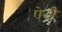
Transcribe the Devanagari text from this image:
ऐती